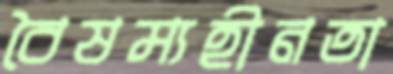
বৈষম্যহীনতা